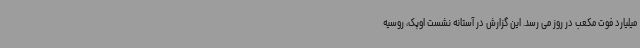
میلیارد فوت مکعب در روز می رسد. این گزارش در آستانه نشست اوپک، روسیه